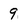
Character: 9